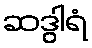
ဆဒွါရံ